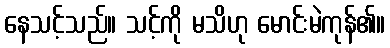
နေသင့်သည်။ သင့်ကို မသိဟု မောင်းမဲကုန်၏။